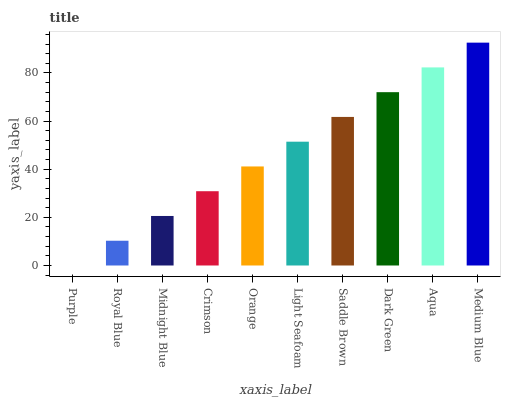
| xaxis_label | bars |
 | --- | --- |
 | Purple | 0 |
 | Royal Blue | 10.3 |
 | Midnight Blue | 20.6 |
 | Crimson | 30.9 |
 | Orange | 41.2 |
 | Light Seafoam | 51.5 |
 | Saddle Brown | 61.7 |
 | Dark Green | 72 |
 | Aqua | 82.3 |
 | Medium Blue | 92.6 |